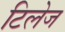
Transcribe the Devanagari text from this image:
टिलेज